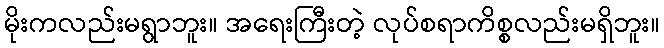
မိုးကလည်းမရွာဘူး။ အရေးကြီးတဲ့ လုပ်စရာကိစ္စလည်းမရှိဘူး။